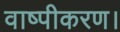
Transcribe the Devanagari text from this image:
वाष्पीकरण।